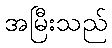
အမြီးသည်